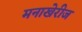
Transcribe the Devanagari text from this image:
मनाखेरीज